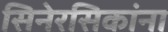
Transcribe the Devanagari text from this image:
सिनेरसिकांना